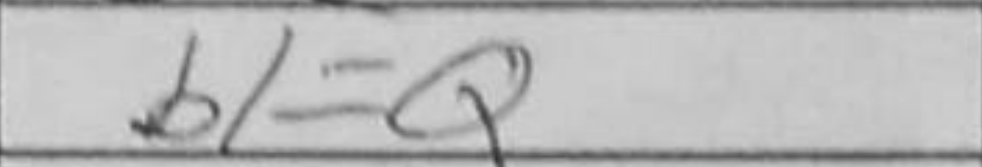
Transcription: b1=Q